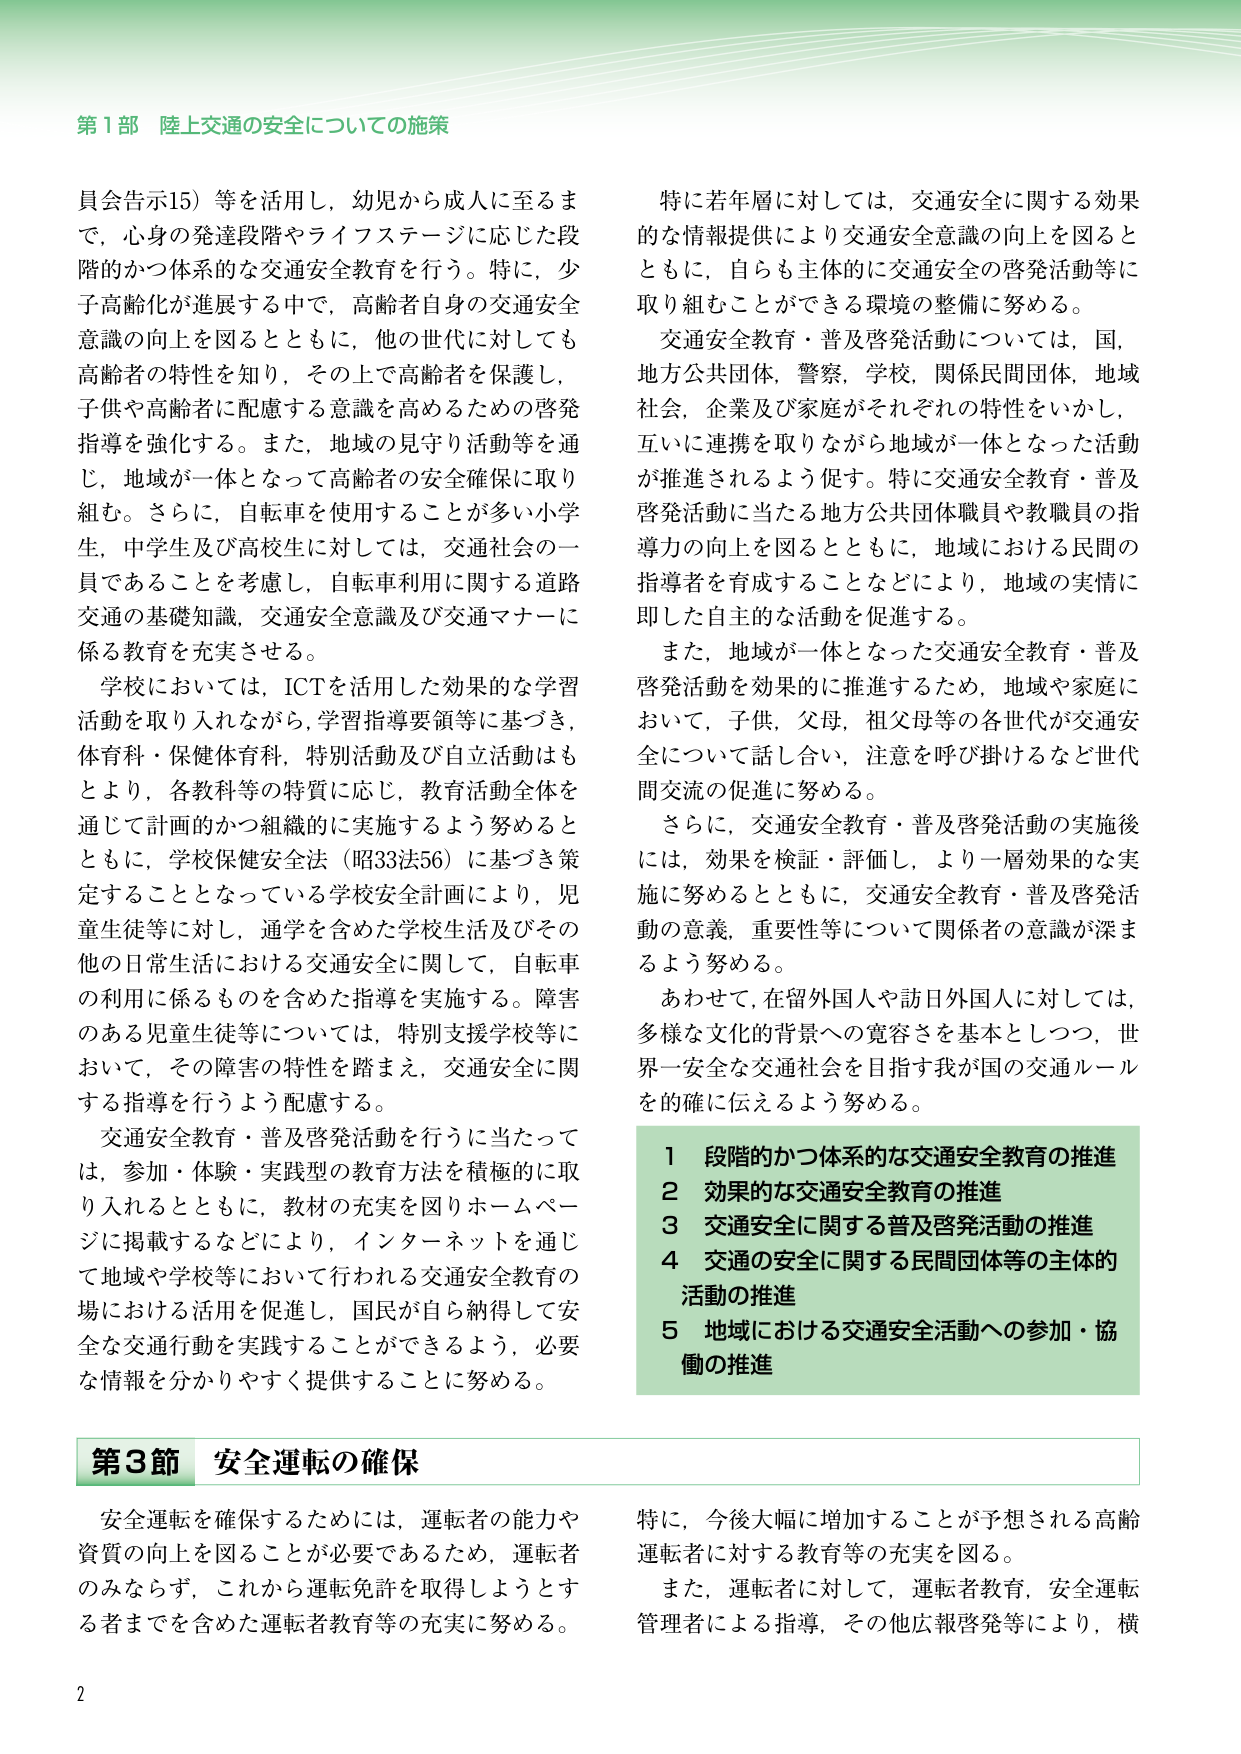
第1部 陸上交通の安全についての施策

員会告示15）等を活用し，幼児から成人に至るまで，心身の発達段階やライフステージに応じた段階的かつ体系的な交通安全教育を行う。特に，少子高齢化が進展する中で，高齢者自身の交通安全意識の向上を図るとともに，他の世代に対しても高齢者の特性を知り，その上で高齢者を保護し，子供や高齢者に配慮する意識を高めるための啓発指導を強化する。また，地域の見守り活動等を通じ，地域が一体となって高齢者の安全確保に取り組む。さらに，自転車を使用することが多い小学生，中学生及び高校生に対しては，交通社会の一員であることを考慮し，自転車利用に関する道路交通の基礎知識，交通安全意識及び交通マナーに係る教育を充実させる。

学校においては，ICTを活用した効果的な学習活動を取り入れながら，学習指導要領等に基づき，体育科・保健体育科，特別活動及び自立活動等のもとより，各教科等の特質に応じ，教育活動全体を通じて計画的かつ組織的に実施するよう努めるとともに，学校保健安全法（昭33法56）に基づき策定することとなっている学校安全計画により，児童生徒等に対し，通学を含めた学校生活及びその他の日常生活における交通安全に関して，自転車の利用に係るものを含めた指導を実施する。障害のある児童生徒等については，特別支援学校等において，その障害の特性を踏まえ，交通安全に関する指導を行うよう配慮する。

交通安全教育・普及啓発活動を行うに当たっては，参加・体験・実践型の教育方法を積極的に取り入れるとともに，教材の充実を図りホームページに掲載するなどにより，インターネットを通じて地域や学校等において行われる交通安全教育の場における活用を促進し，国民が自ら納得して安全な交通行動を実践することができるよう，必要な情報を分かりやすく提供することに努める。

特に若年層に対しては，交通安全に関する効果的な情報提供により交通安全意識の向上を図るとともに，自らも主体的に交通安全の啓発活動等に取り組むことができる環境の整備に努める。

交通安全教育・普及啓発活動については，国，地方公共団体，警察，学校，関係民間団体，地域社会，企業及び家庭がそれぞれの特性をいかし，互いに連携を取りながら地域が一体となった活動が推進されるよう促す。特に交通安全教育・普及啓発活動に当たる地方公共団体職員や教職員の指導力の向上を図るとともに，地域における民間の指導者を育成することなどにより，地域の実情に即した自主的な活動を促進する。

また，地域が一体となった交通安全教育・普及啓発活動を効果的に推進するため，地域や家庭において，子供，父母，祖父母等の各世代が交通安全について話し合い，注意を呼び掛けるなど世代間交流の促進に努める。

さらに，交通安全教育・普及啓発活動の実施後には，効果を検証・評価し，より一層効果的な実施に努めるとともに，交通安全教育・普及啓発活動の意義，重要性等について関係者の意識が深まるよう努める。

あわせて，在留外国人や訪日外国人に対しては，多様な文化的背景への寛容さを基本としつつ，世界一安全な交通社会を目指す我が国の交通ルールを的確に伝えるよう努める。

1 段階的かつ体系的な交通安全教育の推進
2 効果的な交通安全教育の推進
3 交通安全に関する普及啓発活動の推進
4 交通の安全に関する民間団体等の主体的活動の推進
5 地域における交通安全活動への参加・協働の推進

第3節 安全運転の確保

安全運転を確保するためには，運転者の能力や資質の向上を図ることが必要であるため，運転者のみならず，これから運転免許を取得しようとする者までを含めた運転者教育等の充実に努める。

特に，今後大幅に増加することが予想される高齢運転者に対する教育等の充実を図る。

また，運転者に対して，運転者教育，安全運転管理者による指導，その他広報啓発等により，横

2